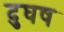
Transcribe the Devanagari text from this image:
दुघष